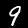
Digit: 9